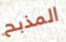
المذبح